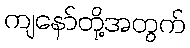
ကျနော်တို့အတွက်